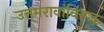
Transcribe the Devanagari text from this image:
उत्तमरावांविरुद्ध